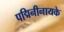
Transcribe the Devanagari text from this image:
पद्मिनीनायके